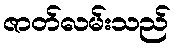
ဇာတ်လမ်းသည်